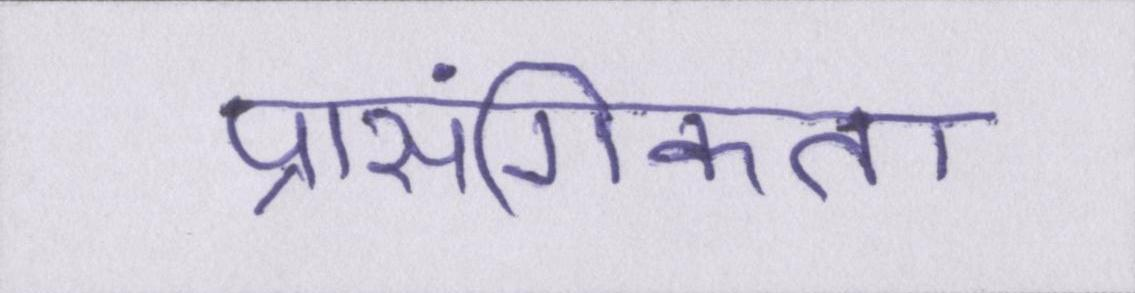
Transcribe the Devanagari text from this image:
प्रासंगिकता